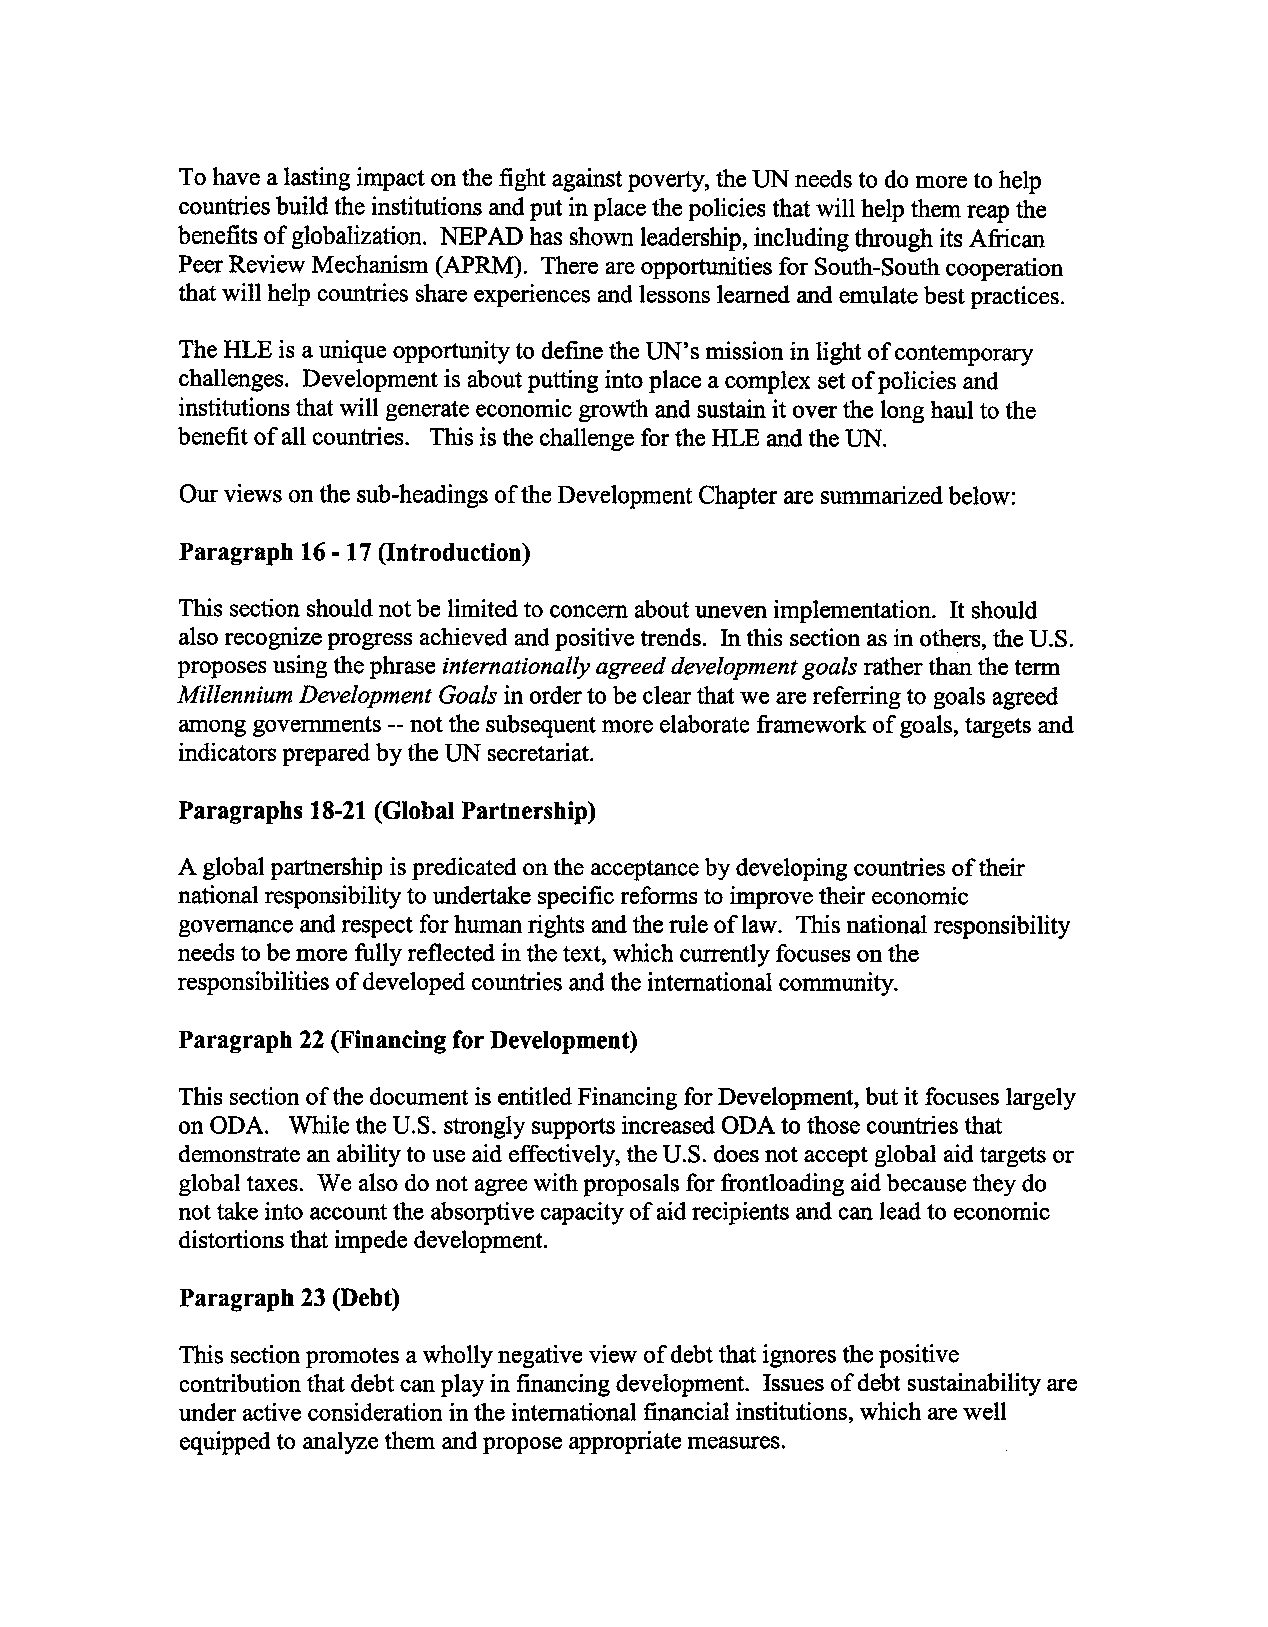
To have a lasting impact on the fight against poverty, the UN needs to do more to help
 countries build the institutions and put in place the policies that will help them reap the
 benefits of globalization. NEPA D has shown leadership, including through its African
 Peer Review Mechanism (APRM). There are opportunities for South-South cooperation
 that will help countries share experiencesa nd lessons learned and emulate best practices.
 The HLE is a unique opportunityt o definet he UN's missioni n light of contemporary
 challenges.D evelopmenits aboutp utting into placea complex seto f policies and
 institutions that will generatee conomicg rowtha nd sustaini t over the long haul to the
 benefito f all countries. This is the challengef or the HLE and the UN.
 Our views on the sub-headingos f the DevelopmentC haptera re summarizedb elow:
 Paragraph 16 -17 (Introduction)
 This section should not be limited to concern about uneven implementation. It should
 also recognize progress achieved and positive trends. In this section as in others, the U.S.
 proposes using the phrase internationally agreed developmentg oals rather than the term
 Millennium Development Goals in order to be clear that we are referring to goals agreed
 among governments --not the subsequentm ore elaborate framework of goals, targets and
 indicators prepared by the UN secretariat.
 Paragraphs 18-21 (Global Partnership)
 A global partnership is predicated on the acceptanceb y developing countries of their
 national responsibility to undertake specific reforms to improve their economic
 governance and respect for human rights and the rule of law. This national responsibility
 needs to be more fully reflected in the text, which currently focuses on the
 responsibilities of developed countries and the international community.
 Paragraph 22 (Financing for Development)
 This section of the document is entitled Financing for Development, but it focuses largely
 on ODA. While the U.S. strongly supports increased ODA to those countries that
 demonstrate an ability to use aid effectively, the U.S. does not accept global aid targets or
 global taxes. We also do not agree with proposals for frontloading aid because they do
 not take into account the absorptive capacity of aid recipients and can lead to economic
 distortions that impede development.
 Paragraph 23 (Debt)
 This section promotes a wholly negative view of debt that ignores the positive
 contribution that debt can play in financing development. Issues of debt sustainability are
 under active consideration in the international financial institutions, which are well
 equipped to analyze them and propose appropriate measures.